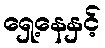
ရှေ့နေနှင့်